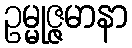
ဥမ္မုဇ္ဇမာနာ